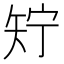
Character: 𬑱